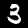
Label: 3